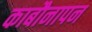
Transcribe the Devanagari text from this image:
काबौनापन